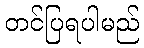
တင်ပြရပါမည်